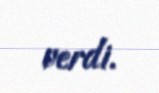
verdi.